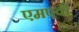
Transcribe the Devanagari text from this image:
एमएवी